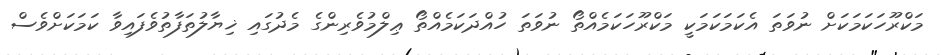
މަކްރޫހަކަމަކަށް ނުވަތަ އެކަމަކަމަކީ މަކްރޫހަކަމެއްތޯ ނުވަތަ ހުއްދަކަމެއްތޯ ޢިލްމުވެރިންގެ މެދުގައި ޚިޔާލުތަފާތުވެފައިވާ ކަމަކަށްވެސް